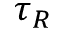
\tau _ { R }